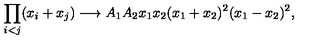
\prod _ { i < j } ( x _ { i } + x _ { j } ) \longrightarrow A _ { 1 } A _ { 2 } x _ { 1 } x _ { 2 } ( x _ { 1 } + x _ { 2 } ) ^ { 2 } ( x _ { 1 } - x _ { 2 } ) ^ { 2 } ,